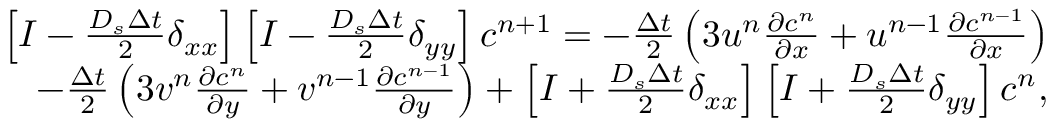
\begin{array} { r } { \left[ I - \frac { D _ { s } \Delta t } { 2 } \delta _ { x x } \right] \left[ I - \frac { D _ { s } \Delta t } { 2 } \delta _ { y y } \right] c ^ { n + 1 } = - \frac { \Delta t } { 2 } \left( 3 u ^ { n } \frac { \partial c ^ { n } } { \partial x } + u ^ { n - 1 } \frac { \partial c ^ { n - 1 } } { \partial x } \right) } \\ { - \frac { \Delta t } { 2 } \left( 3 v ^ { n } \frac { \partial c ^ { n } } { \partial y } + v ^ { n - 1 } \frac { \partial c ^ { n - 1 } } { \partial y } \right) + \left[ I + \frac { D _ { s } \Delta t } { 2 } \delta _ { x x } \right] \left[ I + \frac { D _ { s } \Delta t } { 2 } \delta _ { y y } \right] c ^ { n } , } \end{array}